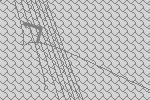
7